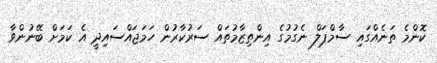
ކޮންމެ ތަނެއްގައި ސާމްޕަލް ނެގުމުގެ އިންތިޒާމުތައް ސަރުކާރުން ހަމަޖައްސައިދީ އެ ކަމަށް ބޭނުންވާ